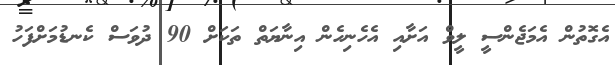
އެގޮތުން އެމަޖެންސީ ލީވް އަށާއި އެހެނިހެން އިނާޔަތް ތަކަށް 90 ދުވަސް ކެނޑުމަށްފަހު